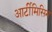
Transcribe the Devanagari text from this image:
आर्टीमिसिन